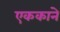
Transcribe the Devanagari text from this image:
एककाने